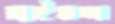
রাইডস